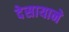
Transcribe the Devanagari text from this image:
देसायाने